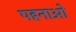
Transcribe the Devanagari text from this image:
पहनाओ